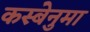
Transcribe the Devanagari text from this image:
कस्बेनुमा